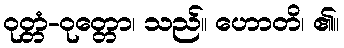
ဝုတ္တံ-ဝုတ္တော၊ သည်။ ဟောတိ၊ ၏။